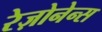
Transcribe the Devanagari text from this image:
रेज़ोनेन्स